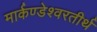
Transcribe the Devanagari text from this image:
मार्कण्डेश्वरतीर्थ